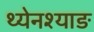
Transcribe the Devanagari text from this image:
थ्येनश्याङ